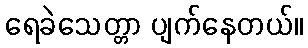
ရေခဲသေတ္တာ ပျက်နေတယ်။